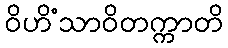
ဝိဟိံသာဝိတက္ကာတိ